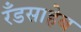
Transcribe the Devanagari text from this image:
रँडसाहेब